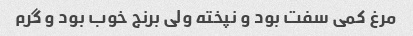
مرغ کمی سفت بود و نپخته ولی برنج خوب بود و گرم